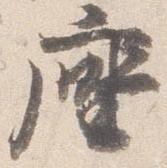
座